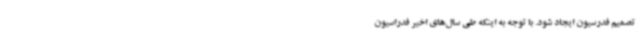
تصمیم فدرسیون ایجاد شود. با توجه به اینکه طی سال‌های اخیر فدراسیون